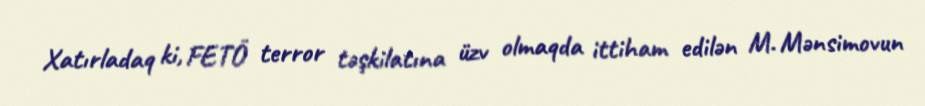
Xatırladaq ki, FETÖ terror təşkilatına üzv olmaqda ittiham edilən M. Mənsimovun